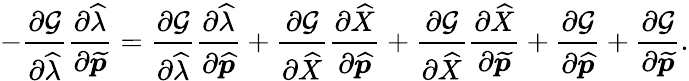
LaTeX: -\frac{\partial\mathcal{G}}{\partial\widehat{\lambda}}\frac{\partial\widehat{\lambda}}{\partial\widetilde{\boldsymbol{p}}}=\frac{\partial\mathcal{G}}{\partial\widehat{\lambda}}\frac{\partial\widehat{\lambda}}{\partial\widehat{\boldsymbol{p}}}+\frac{\partial\mathcal{G}}{\partial\widehat{X}}\frac{\partial\widehat{X}}{\partial\widehat{\boldsymbol{p}}}+\frac{\partial\mathcal{G}}{\partial\widehat{X}}\frac{\partial\widehat{X}}{\partial\widetilde{\boldsymbol{p}}}+\frac{\partial\mathcal{G}}{\partial\widehat{\boldsymbol{p}}}+\frac{\partial\mathcal{G}}{\partial\widetilde{\boldsymbol{p}}}.